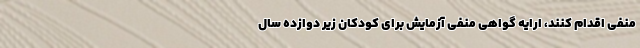
منفی اقدام کنند، ارایه گواهی منفی آزمایش برای کودکان زیر دوازده سال